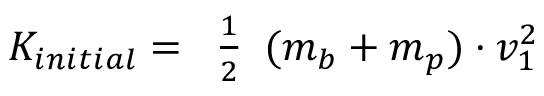
K _ { i n i t i a l } = { \begin{array} { l } { { \frac { 1 } { 2 } } } \end{array} } ( m _ { b } + m _ { p } ) \cdot v _ { 1 } ^ { 2 }